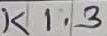
Text: K1.3